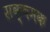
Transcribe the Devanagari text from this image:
सक्षमक